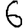
Digit: 6